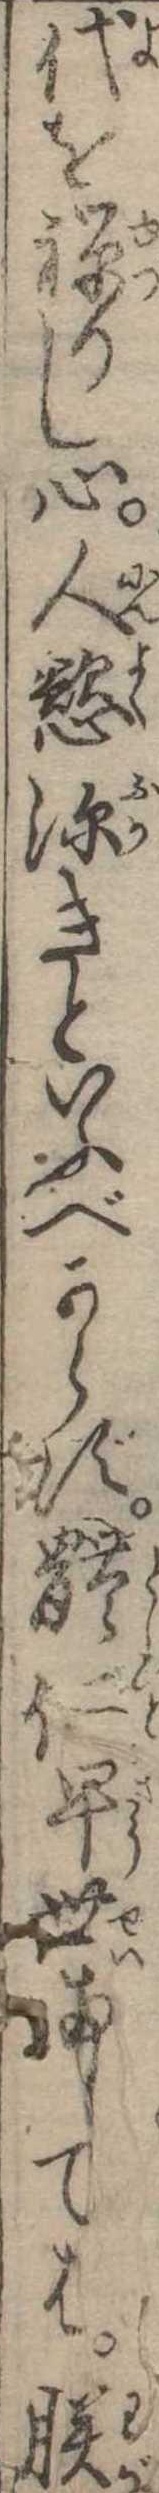
代を禅りし心人慾深きといふべからず体仁早世ましては朕